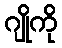
ဂျိုကို